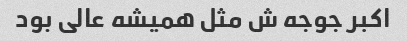
اکبر جوجه ش مثل همیشه عالی بود